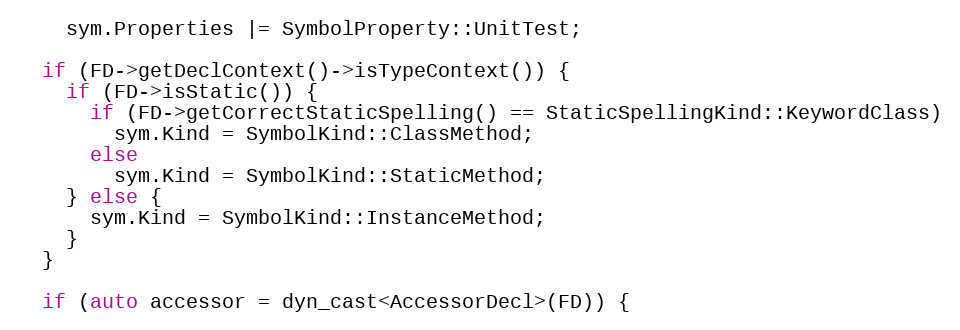
Language: C++
    sym.Properties |= SymbolProperty::UnitTest;

  if (FD->getDeclContext()->isTypeContext()) {
    if (FD->isStatic()) {
      if (FD->getCorrectStaticSpelling() == StaticSpellingKind::KeywordClass)
        sym.Kind = SymbolKind::ClassMethod;
      else
        sym.Kind = SymbolKind::StaticMethod;
    } else {
      sym.Kind = SymbolKind::InstanceMethod;
    }
  }

  if (auto accessor = dyn_cast<AccessorDecl>(FD)) {